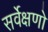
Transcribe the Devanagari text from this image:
सर्वेक्षणो